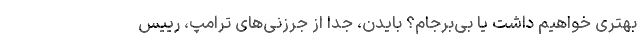
بهتری خواهیم داشت یا بی‌برجام؟ بایدن، جدا از جرزنی‌های ترامپ، رییس